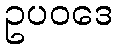
ဥပဝဒေ